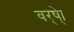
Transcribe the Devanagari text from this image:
वर्ष्‍ेा